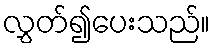
လွှတ်၍ပေးသည်။